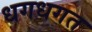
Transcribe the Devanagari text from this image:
धगधगत